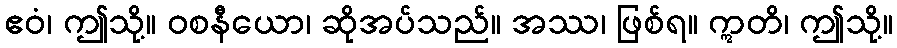
ဧဝံ၊ ဤသို့။ ဝစနီယော၊ ဆိုအပ်သည်။ အဿ၊ ဖြစ်ရ။ ဣတိ၊ ဤသို့။